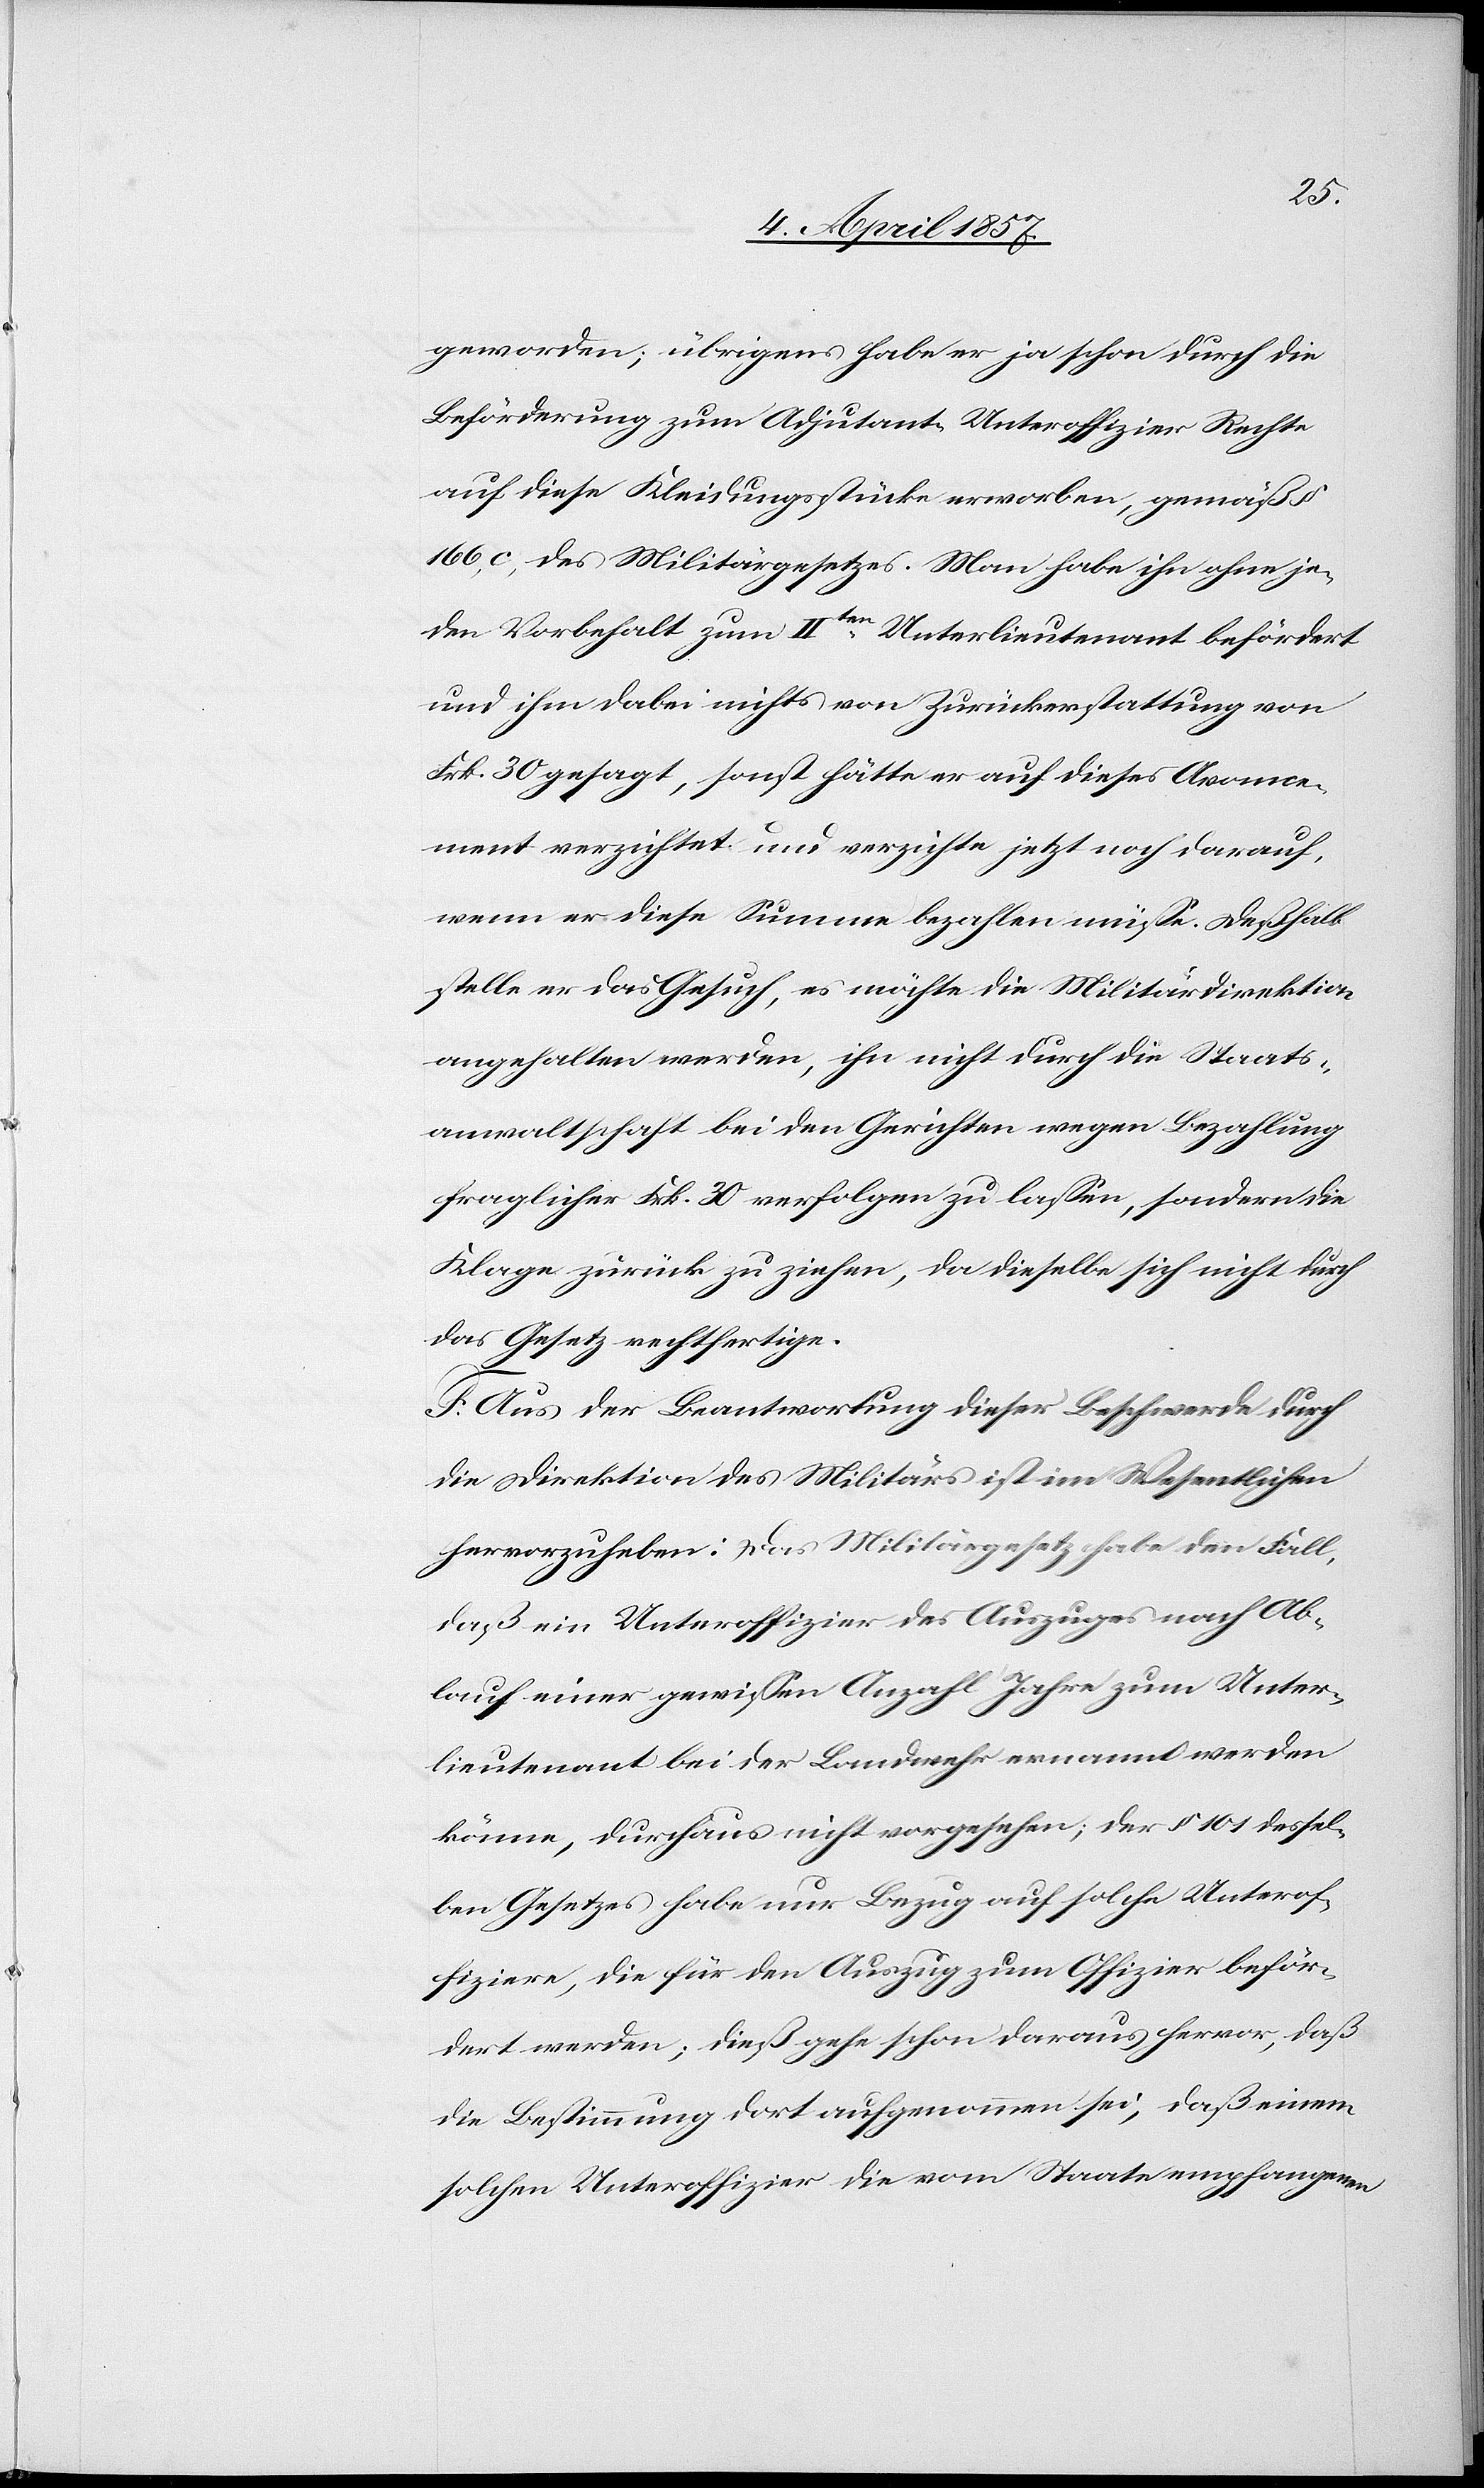
geworden; übrigens habe er ja schon durch die
Beförderung zum Adjutant-Unteroffizier Rechte
auf diese Kleidungsstücke erworben, gemäß §
166, c, des Militärgesetzes. Man habe ihn ohne je¬
den Vorbehalt zum IIten Unterlieutenant befördert
und ihm dabei nichts von Zurückerstattung von
Frk. 30 gesagt, sonst hätte er auf dieses Avance¬
ment verzichtet und verzichte jetzt noch darauf,
wenn er diese Summe bezahlen müsse. Deßhalb
stelle er das Gesuch, es möchte die Militärdirektion
angehalten werden, ihn nicht durch die Staats¬
anwaltschaft bei den Gerichten wegen Bezahlung
fraglicher Frk. 30 verfolgen zu lassen, sondern die
Klage zurück zu ziehen, da dieselbe sich nicht durch
das Gesetz rechtfertige.
F. Aus der Beantwortung dieser Beschwerde durch
die Direktion des Militärs ist im Wesentlichen
hervorzuheben: Das Militärgesetz habe den Fall,
daß ein Unteroffizier des Auszuges nach Ab¬
lauf einer gewissen Anzahl Jahre zum Unter¬
lieutenant bei der Landwehr ernannt werden
könne, durchaus nicht vorgesehen; der § 101 dessel¬
ben Gesetzes habe nur Bezug auf solche Unterof¬
fiziere, die für den Auszug zum Offizier beför¬
dert werden; dieß gehe schon daraus hervor, daß
die Bestimmung dort aufgenommen sei, daß einem
solchen Unteroffizier die vom Staate empfangenen